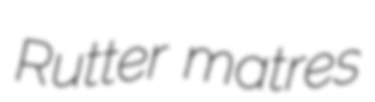
Rutter matres